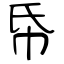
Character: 帋